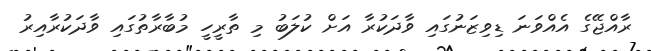
ރާއްޖޭގެ އެއްވަނަ ޑިވިޒަނުގައި ވާދަކުރާ އަށް ކުލަބު މި ތާރީހީ މުބާރާތުގައި ވާދަކުރާއިރު